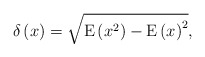
\begin{align*}\delta\left(x \right) = \sqrt{\mathrm{E}\left( x^2 \right) - \mathrm{E}\left( x \right)^2}, \end{align*}